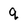
Character: q